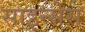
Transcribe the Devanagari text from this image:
साइन्सेस